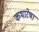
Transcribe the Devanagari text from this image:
कथारेषा